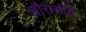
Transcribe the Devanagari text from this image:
चौरासीवें